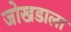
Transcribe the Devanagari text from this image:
जोखडाला